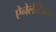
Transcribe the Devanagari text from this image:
ऐनेलेटिकल